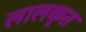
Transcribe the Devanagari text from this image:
लालकृत